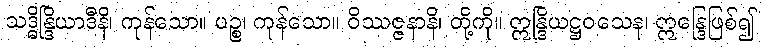
သဒ္ဓိန္ဒြိယာဒီနိ၊ ကုန်သော။ ပဉ္စ၊ ကုန်သော။ ဝိဿဇ္ဇနာနိ၊ တို့ကို။ ဣန္ဒြိယဋ္ဌဝသေန၊ ဣန္ဒြေဖြစ်၍